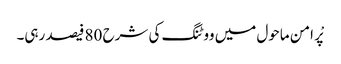
پْر امن ماحول میں ووٹنگ کی شرح 80 فیصد رہی۔